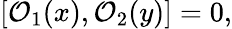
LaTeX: [\mathcal{O}_{1}({x}),\mathcal{O}_{2}({y})]=0,